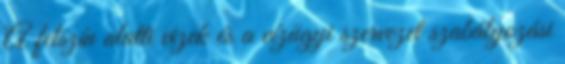
A felszín alatti vizek és a vízügyi szervezet szabályozási